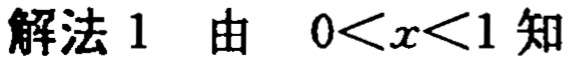
解法 1 由 \(0<x<1\) 知